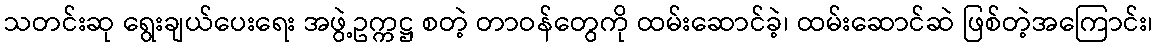
သတင်းဆု ရွေးချယ်ပေးရေး အဖွဲ့ဥက္ကဋ္ဌ စတဲ့ တာဝန်တွေကို ထမ်းဆောင်ခဲ့၊ ထမ်းဆောင်ဆဲ ဖြစ်တဲ့အကြောင်း၊